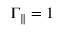
\Gamma _ { \parallel } = 1